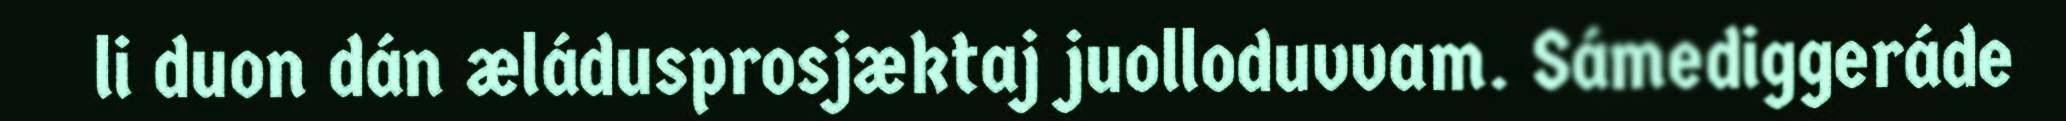
li duon dán æládusprosjæktaj juolloduvvam. Sámediggeráde